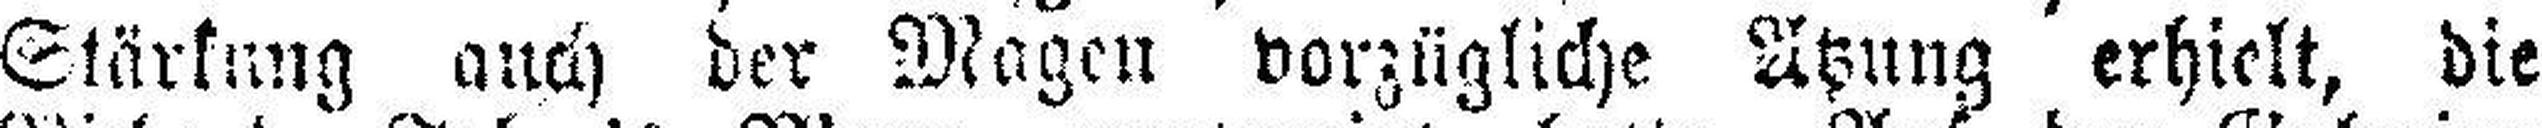
Stärkung auch der Magen vorzügliche Atzung erhielt, die